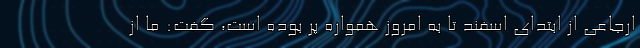
ارجاعی از ابتدای اسفند تا به امروز همواره پر بوده است، گفت: ما از